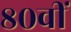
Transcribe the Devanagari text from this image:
८०वीं